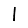
Digit: 1